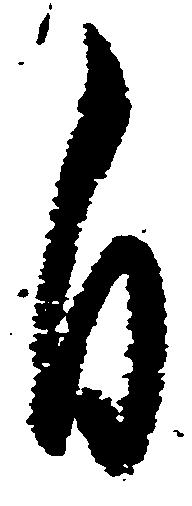
自